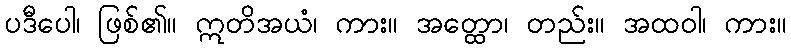
ပဒီပေါ၊ ဖြစ်၏။ ဣတိအယံ၊ ကား။ အတ္ထော၊ တည်း။ အထဝါ၊ ကား။